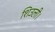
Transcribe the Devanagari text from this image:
शिउली।